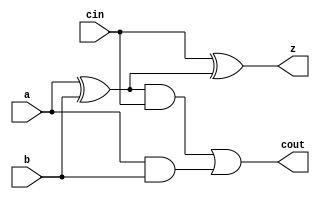

module yAdder1(z, cout, a, b, cin);

    output z, cout;
    input a, b, cin;

    xor left_xor(tmp, a, b);
    xor right_xor(z, cin, tmp);
    and left_and(outL, a, b);
    and right_and(outR, tmp, cin);
    or my_or(cout, outR, outL);

endmodule

module labL5;

reg  a, b, cin, exp;
wire cout, z;

yAdder1 add(z, cout, a, b, cin);

initial
    begin
    a=0; b=0; cin=0;
        repeat(8)
        begin
            a++; b++; cin++;
            exp = a + b + cin;
            #1 if((z === exp))
                $display("PASS | a=%b b=%b cin=%b z=%b", a, b, cin, z);
            else
                $display("FAIL | a=%b b=%b cin=%b z=%b exp=%b", a, b, cin, z, exp);
        end
    end

endmodule